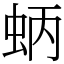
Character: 蛃